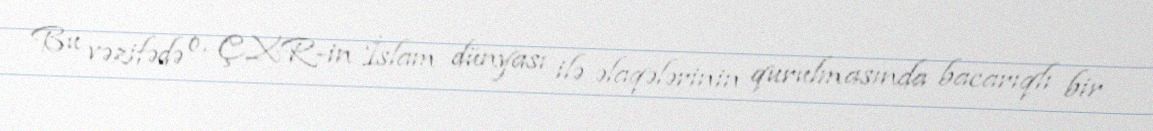
Bu vəzifədə o, ÇXR-in İslam dünyası ilə əlaqələrinin qurulmasında bacarıqlı bir